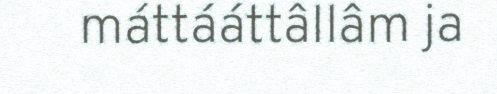
máttááttâllâm ja